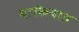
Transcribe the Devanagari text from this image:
बाकियात